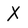
Character: X